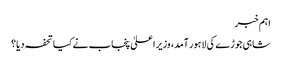
اہم خبر
شاہی جوڑے کی لاہور آمد، وزیراعلیٰ پنجاب نے کیا تحفہ دیا؟